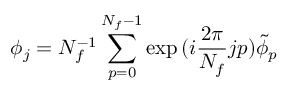
\phi _ { j } = N _ { f } ^ { - 1 } \sum _ { p = 0 } ^ { N _ { f } - 1 } \exp { ( i \frac { 2 \pi } { N _ { f } } j p ) } \tilde { \phi } _ { p }